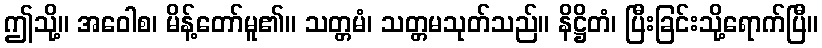
ဤသို့။ အဝေါစ၊ မိန့်တော်မူ၏။ သတ္တမံ၊ သတ္တမသုတ်သည်။ နိဋ္ဌိတံ၊ ပြီးခြင်းသို့ရောက်ပြီ။